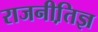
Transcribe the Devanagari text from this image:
राजनीति़ज्ञ